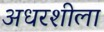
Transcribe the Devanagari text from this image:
अधरशीला